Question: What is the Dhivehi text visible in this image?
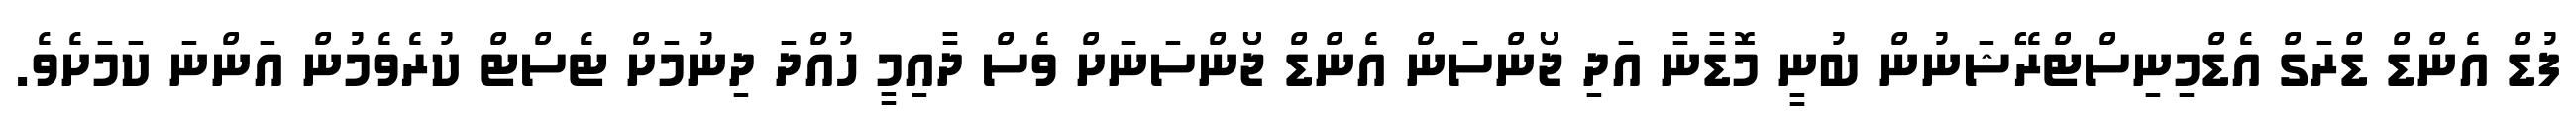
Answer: ފުޑް އެންޑް ޑްރަގް އެޑްމިނިސްޓްރޭޝަނުން ބުނީ މޮޑާނާ އަދި ޖޯންސަން އެންޑް ޖޯންސަނަށް ވެސް ދާއިމީ ހުއްދަ ދިނުމަށް ޓެސްޓް ކުރެވެމުން އަންނަ ކަމަށެވެ.